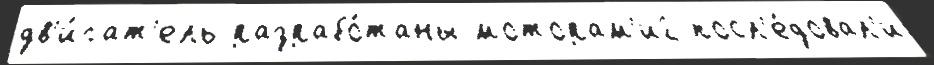
дв'и́гат'ель разрабо́таны моторам'и2 посл'е́довал'и